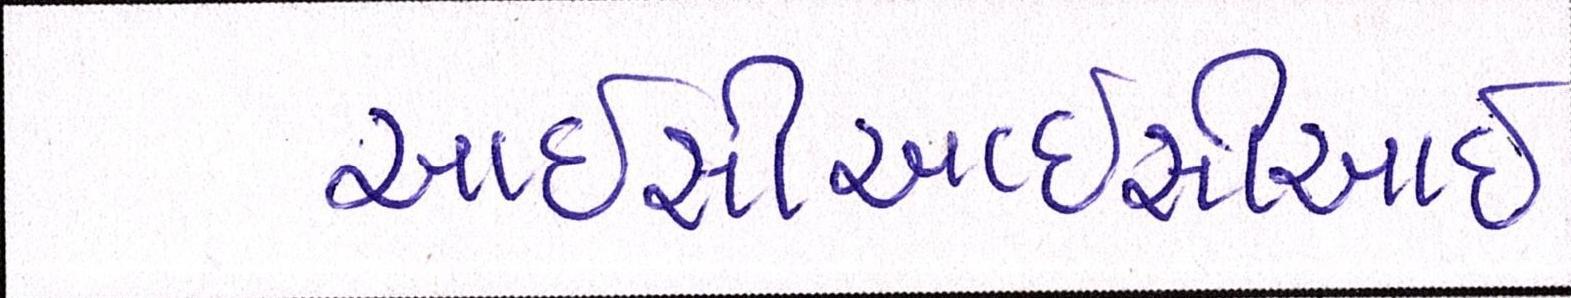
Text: આઇસીઆઇસીઆઇ